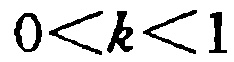
\(0<k<1\)